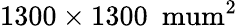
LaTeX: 1300\times 1300\ \mathrm{\ mum^{2}}